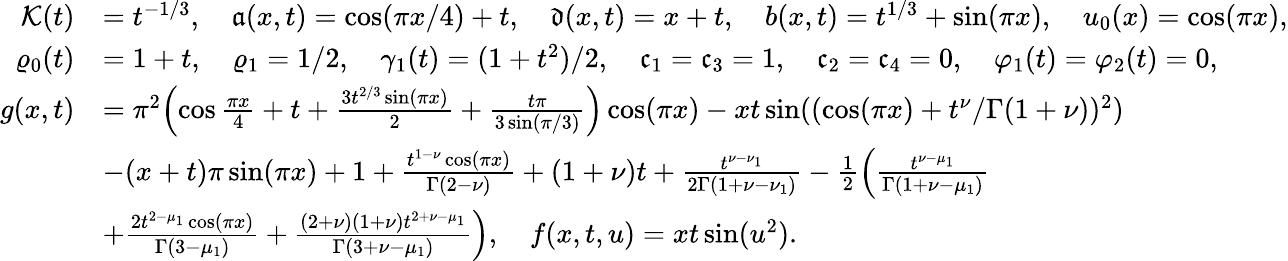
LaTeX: \begin{array}{rl}{\mathcal{K}(t)}&{=t^{-1/3},\quad\mathfrak{a}(x,t)=\cos(\pi x/4)+t,\quad\mathfrak{d}(x,t)=x+t,\quad b(x,t)=t^{1/3}+\sin(\pi x),\quad u_{0}(x)=\cos(\pi x),}\\ {\varrho_{0}(t)}&{=1+t,\quad\varrho_{1}=1/2,\quad\gamma_{1}(t)=(1+t^{2})/2,\quad\mathfrak{c}_{1}=\mathfrak{c}_{3}=1,\quad\mathfrak{c}_{2}=\mathfrak{c}_{4}=0,\quad\varphi_{1}(t)=\varphi_{2}(t)=0,}\\ {g(x,t)}&{=\pi^{2}\Bigl(\cos\frac{\pi x}{4}+t+\frac{3t^{2/3}\sin(\pi x)}{2}+\frac{t\pi}{3\sin(\pi/3)}\Bigr)\cos(\pi x)-xt\sin((\cos(\pi x)+t^{\nu}/\Gamma(1+\nu))^{2})}\\ &{-(x+t)\pi\sin(\pi x)+1+\frac{t^{1-\nu}\cos(\pi x)}{\Gamma(2-\nu)}+(1+\nu)t+\frac{t^{\nu-\nu_{1}}}{2\Gamma(1+\nu-\nu_{1})}-\frac{1}{2}\Bigl(\frac{t^{\nu-\mu_{1}}}{\Gamma(1+\nu-\mu_{1})}}\\ &{+\frac{2t^{2-\mu_{1}}\cos(\pi x)}{\Gamma(3-\mu_{1})}+\frac{(2+\nu)(1+\nu)t^{2+\nu-\mu_{1}}}{\Gamma(3+\nu-\mu_{1})}\Bigr),\quad f(x,t,u)=xt\sin(u^{2}).}\end{array}